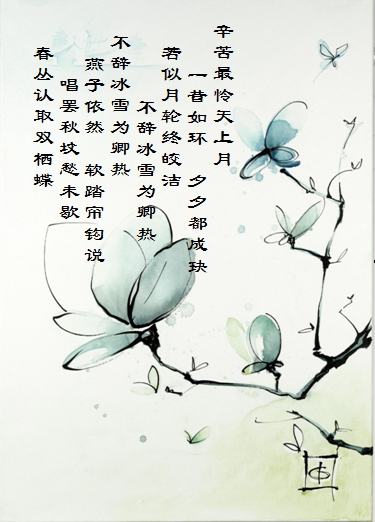
唱罢秋坟愁未歇，春丛认取双栖蝶。